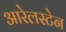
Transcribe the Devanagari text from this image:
आरेलस्टेन